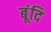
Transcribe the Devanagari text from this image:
बूंदि